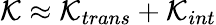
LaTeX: \mathcal{K}\approx\mathcal{K}_{trans}+\mathcal{K}_{int}